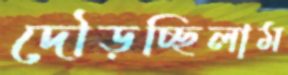
দৌড়চ্ছিলাম